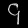
Digit: ၄